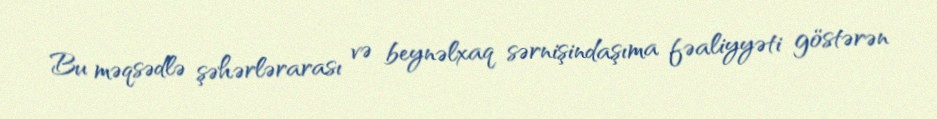
Bu məqsədlə şəhərlərarası və beynəlxaq sərnişindaşıma fəaliyyəti göstərən